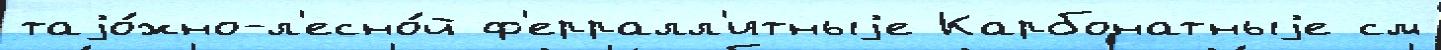
таjо́жно-л'есно́й ф'ерралл'итныjе Карбонатныjе см